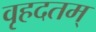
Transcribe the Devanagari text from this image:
वृहदतम्